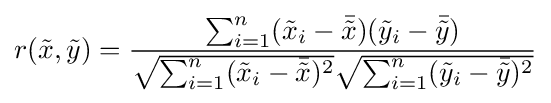
r({\tilde {x}},{\tilde {y}})={\frac {\sum _{i=1}^{n}({\tilde {x}}_{i}-{\bar {\tilde {x}}})({\tilde {y}}_{i}-{\bar {\tilde {y}}})}{{\sqrt {\sum _{i=1}^{n}({\tilde {x}}_{i}-{\bar {\tilde {x}}})^{2}}}{\sqrt {\sum _{i=1}^{n}({\tilde {y}}_{i}-{\bar {\tilde {y}}})^{2}}}}}